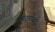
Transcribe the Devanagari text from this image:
श्रीशरच्चंद्र